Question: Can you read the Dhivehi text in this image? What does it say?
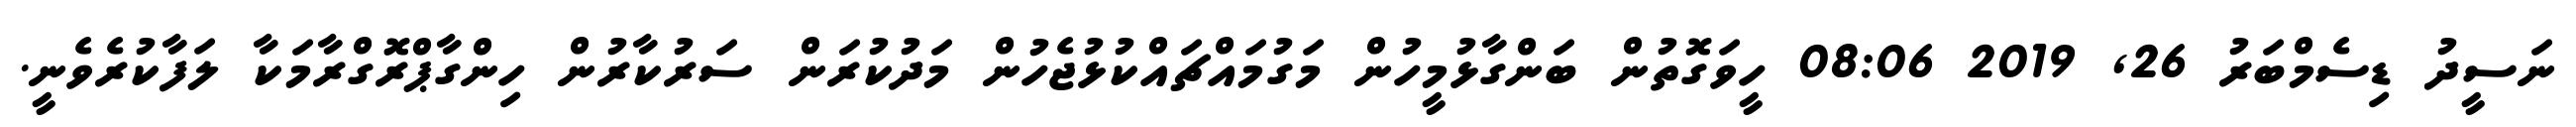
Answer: ނަސީދު ޑިސެމްބަރު 26, 2019 08:06 ހީވަގޮތުން ބަންގާޅުމީހުން މަގުމައްޗައްކުޅުޖެހުން މަދުކުރަން ސަރުކާރުން ހިންގާޕްރޮގްރާމަކާ ލަފާކުރެވެނީ.